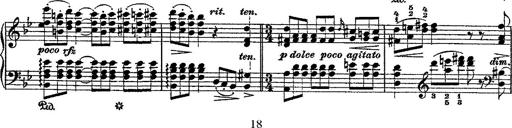
Title: Fantaisie romantique sur deux mÃ©lodies suisses
Composer: Franz Liszt